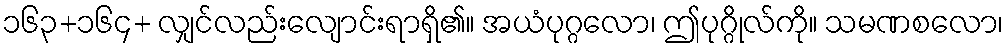
၁၆၃+၁၆၄+ လျှင်လည်းလျောင်းရာရှိ၏။ အယံပုဂ္ဂလော၊ ဤပုဂ္ဂိုလ်ကို။ သမဏစလော၊